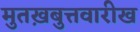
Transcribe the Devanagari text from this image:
मुतख़बुत्तवारीख